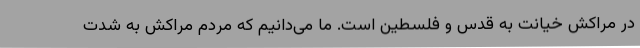
در مراکش خیانت به قدس و فلسطین است. ما می‌دانیم که مردم مراکش به شدت